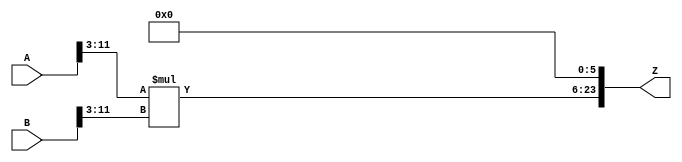
/***
* This code is a part of EvoApproxLib library (ehw.fit.vutbr.cz/approxlib) distributed under The MIT License.
* When used, please cite the following article(s): PRABAKARAN B. S., MRAZEK V., VASICEK Z., SEKANINA L., SHAFIQUE M. ApproxFPGAs: Embracing ASIC-based Approximate Arithmetic Components for FPGA-Based Systems. DAC 2020. 
***/
// MAE% = 0.085 %
// MAE = 14320 
// WCE% = 0.34 %
// WCE = 57281 
// WCRE% = 100.00 %
// EP% = 98.39 %
// MRE% = 1.38 %
// MSE = 29802.164e4 
// FPGA_POWER = 1.0
// FPGA_DELAY = 10
// FPGA_LUT = 80



module mul12u_343(
	A, 
	B,
	Z
);

input [12-1:0] A;
input [12-1:0] B;
output [2*12-1:0] Z;

wire [2*(12-3)-1:0] tmpZ;
assign tmpZ = A[12-1:3] * B[12-1:3];
assign Z = {tmpZ,{6{1'b0}}};
endmodule